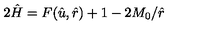
2 \hat { H } = F ( \hat { u } , \hat { r } ) + 1 - 2 M _ { 0 } / \hat { r }